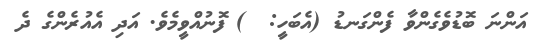
އަންނަ ބޮޑުވެގެންވާ ފެންގަނޑު (އެބަހީ:  ) ފޮނުއްވީމެވެ. އަދި އެއުރެންގެ ދެ